Report on horse surra - Volume I
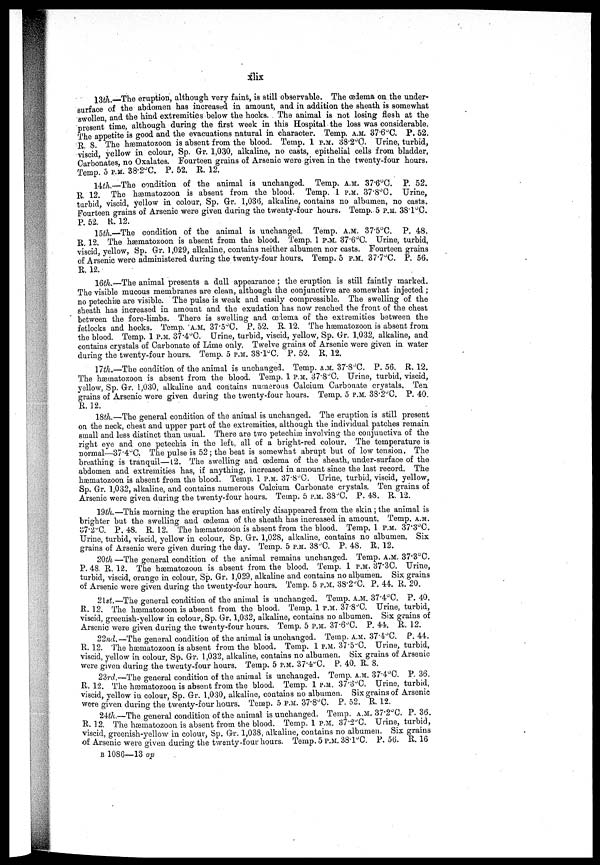
xlix
13th.—The eruption, although, very faint, is still observable. The œdema on the under-
surfaee of the abdomen has increased in amount, and in addition the sheath is somewhat
swollen, and the hind extremities below the hocks. . The animal is not losing flesh at the
present time, although during the first week in this Hospital the loss was considerable.
The appetite is good and the evacuations natural in character. Temp. A.M. 37.6°C. P. 52.
B. 8. The hæmatozoon is absent from the blood. Temp. 1 P.M. 38.2°C. Urine, turbid,
viscid, yellow in colour, Sp. Gr. 1,030, alkaline, no casts, epithelial cells from bladder,
Carbonates, no Oxalates. Fourteen grains of Arsenic were given in the twenty-four hours.
Temp. 5 P.M. 38.2°C. P. 52. B. 12.
14th.—The condition of the animal is unchanged. Temp. A.M. 37.6 O C. P. 52.
B. 12. The hæmatozoon is absent from the blood. Temp. 1 P.M. 37.8°C. Urine,
turbid, viscid, yellow in colour, Sp. Gr. 1,030, alkaline, contains no albumen, no casts.
Fourteen grains of Arsenic were given during the twenty-four hours. Temp. 5 P.M. 38°C.
P. 52. R. 12.
15th.—The condition of the animal is unchanged. Temp. A.M. 37.5°C. P. 48.
B. 12. The hæmatozoon is absent from the blood. Temp. 1 P.M. 37.6°C. Urine, turbid,
viscid, yellow, Sp. Gr. 1,029, alkaline, contains neither albumen nor casts. Fourteen grains
of Arsenic were administered during the twenty-four hours. Temp. 5 P.M. 37.7.C. P. 56.
B. 12.
16th.—The animal presents a dull appearance ; the eruption is still faintly marked.
The visible mucous membranes are clean, although the conjunctivæ are somewhat injected ;
no petechiæ are visible. The pulse is weak and easily compressible. The swelling of the
sheath has increased in amount and the exudation has now reached the front of the chest
between the fore-limbs. There is swelling and œlema of the extremities between the
fetlocks and hocks. Temp. .A.M. 37.5°C, P. 52. B. 12. The hæmatozoon is absent from
the blood. Temp. 1 P.M. 37.4°C. Urine, turbid, viscid, yellow, Sp. Gr. 1,032, alkaline, and
contains crystals of Carbonate of Lime only. Twelve grains of Arsenic were given in water
during the twenty-four hours. Temp. 5 P.M. 38.1°C. P. 52. B. 12.
17th.—The condition of the animal is unchanged. Temp. A.M. 37.8°C. P. 56. R. 12.
The hæmatozoon is absent from the blood. Temp. 1 P.M. 37.8°C. Urine, turbid, viscid,
yellow, Sp. Gr. 1,030, alkaline and contains numerous Calcium Carbonate crystals. Ten
grains of Arsenic were given during the twenty-four hours. Temp. 5 P.M. 38.2°C. P. 40
R. 12.
18th.—The general condition of the animal is unchanged. The eruption is still present
on the neck, chest and upper part of the extremities, although the individual patches remain
small and less distinct than usual. There are two petechial involving the conjunctiva of the
right eye and one petechia in the left, all of a bright-red colour. The temperature is
normal—87.4°C. The pulse is 52 ; the beat is somewhat abrupt but of low tension. The
breathing is tranquil—12. The swelling and œdema of the sheath, under-surface of the
abdomen and extremities has, if anything, increased in amount since the last record. The
hæmatozoon is absent from the blood. Temp. 1 P.M. 37.8°C. Urine, turbid, viscid, yellow,
Sp. Gr. 1,032, alkaline, and contains numerous Calcium Carbonate crystals. Ten grains of
Arsenic were given during the twenty-four hours. Temp. 5 P.M. 38.C. P. 48. B. 12.
19th.—This morning the eruption has entirely disappeared from the skin ; the animal is
brighter but the swelling and œdema of the sheath has increased in amount. Temp. A.M.
37.2°C. P, 48. B. 12. The hæmatozoon is absent from the blood. Temp. 1 P.M. 37.3°C.
Urine, turbid, viscid, yellow in colour, Sp. Gr. 1,028, alkaline, contains no albumen. Six
grains of Arsenic were given during the day. Temp. 5 P.M. 38°C. P. 48. R. 12.
20th—The general condition of the animal remains unchanged. Temp. A.M. 37.3°C.
P. 48. B. 12. The hæmatozoon is absent from the blood. Temp. 1 P.M. 37.3C. Urine,
turbid, viscid, orange in colour, Sp. Gr. 1,029, alkaline and contains no albumen. Six grains
of Arsenic were given during the twenty-four hours. Temp. 5 P.M. 38.2°C. P. 44. R. 20.
21st.—The general condition of the animal is unchanged. Temp. A.M. 37.4°C. P. 40.
B. 12. The hæmatozoon is absent from the blood. Temp. 1 P.M. 37S°C. Urine, turbid,
viscid, greenish-yellow in colour, Sp. Gr. 1,032, alkaline, contains no albumen. Six grains of
Arsenic were given during the twenty-four hours. Temp. 5 P.M. 37.6 O C. P. 44. R. 12.
22nd.—The general condition of the animal is unchanged. Temp. A.M. 37.4°C. P. 44.
P.. 12. The hæmatozoon is absent from the blood. Temp. 1 P.M. 37.5°C. Urine, turbid,
viscid, yellow in colour, Sp. Gr. 1,032, alkaline, contains no albumen. Six grains of Arsenic
were given during the twenty-four hours. Temp. 5 P.M. 37.4°C. P. 40. R. 8.
23rd.—The general condition of the animal is unchanged. Temp. A.M. 37.4°C. P. 36.
R. 12. The hæmatozoou is absent from the blood. Temp. 1 P.M. 37.3°C. Urine, turbid,
viscid, yellow in colour, Sp. Gr. 1,030, alkaline, contains no albumen. Six grains of Arsenic
were given during the twenty-four hours. Temp. 5 P.M. 37.8°C. P. 52. R. 12.
24th.—The general condition of the animal is unchanged. Temp. A.M. 37.2°C. P. 36.
R. 12. The hæmatozoon is absent from the blood. Temp. 1 P.M. 37.2°C. Urine, turbid,
viscid, greenish-yellow in colour, Sp. Gr. 1,038, alkaline, contains no albumen. Six grains
of Arsenic were given during the twenty-four hours. Temp. 5 P.M. 38.1°C. P. 56. R. 16
B 1086—13 ap